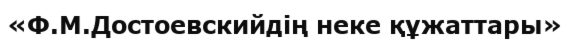
«Ф.М.Достоевскийдің неке құжаттары»